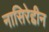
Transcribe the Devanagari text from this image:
नासिरेद्दीन